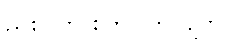
ညစ်ပတ် စုတ်ပြတ်လျက်။